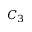
C _ { 3 }